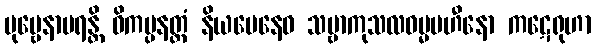
ပုဗ္ဗေနာပရန္တိ ဝိကပ္ပနတ္ထံ နိယမေနေဝ သဗ္ဗာကုသလဓမ္မပဟီနော ကဋေရုဟာ